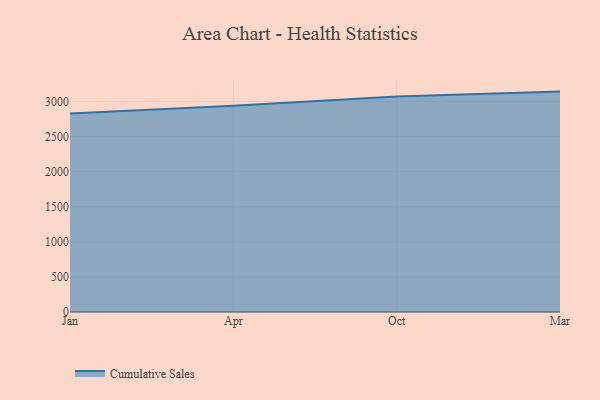
{"axis": {"x": "Month", "y": "Revenue (USD Million)"}, "legend": ["Cumulative Sales"], "data": [{"x": "Jan", "y": 2828.9, "type": "Cumulative Sales"}, {"x": "Apr", "y": 2940.3, "type": "Cumulative Sales"}, {"x": "Oct", "y": 3070.9, "type": "Cumulative Sales"}, {"x": "Mar", "y": 3140.7, "type": "Cumulative Sales"}]}